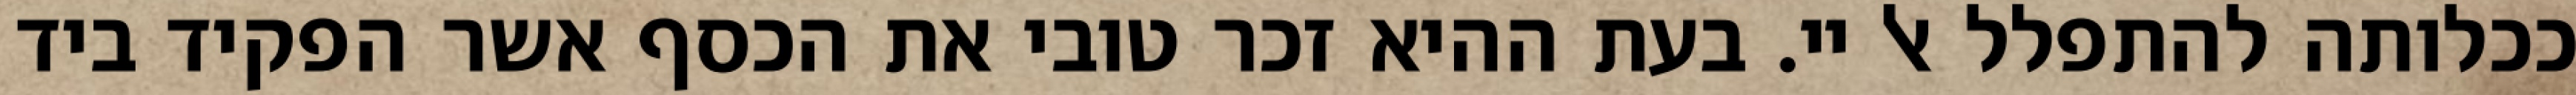
ככלותה להתפלל אל יי. בעת ההיא זכר טובי את הכסף אשר הפקיד ביד